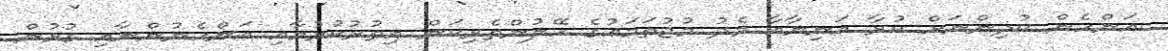
އަންހެން ކުދިންނަށް ކުރާ އަނިޔާއާ މެދު މުޖުތަމަޢުގެ ހޭލުންތެރިކަން އިތުރުކުރުމާއި އަންހެނުންނާއި ގުޅުން